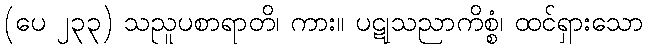
(ပေ ၂၃၃) သညူပစာရာတိ၊ ကား။ ပဋုသညာကိစ္စံ၊ ထင်ရှားသော